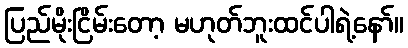
ပြည်မိုးငြိမ်းတော့ မဟုတ်ဘူးထင်ပါရဲ့နော်။